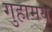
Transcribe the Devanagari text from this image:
गुहामय